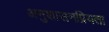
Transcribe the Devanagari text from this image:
अनुशासनप्रियता